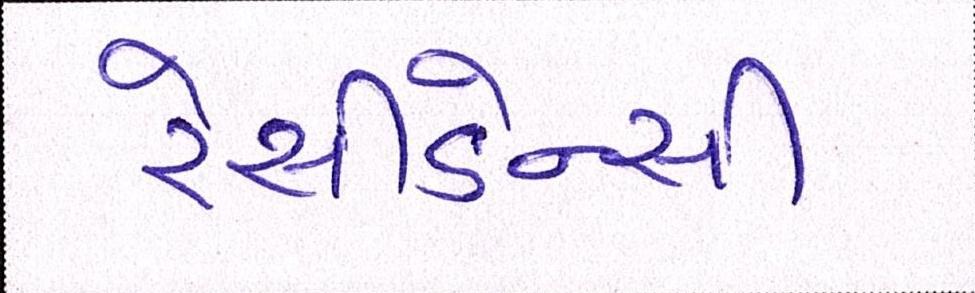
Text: રેસીડેન્સી